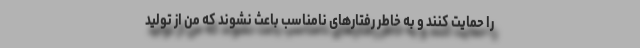
را حمایت کنند و به خاطر رفتارهای نامناسب باعث نشوند که من از تولید